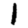
Digit: 1